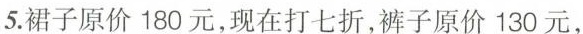
5.裙子原价180元，现在打七折，裤子原价130元，